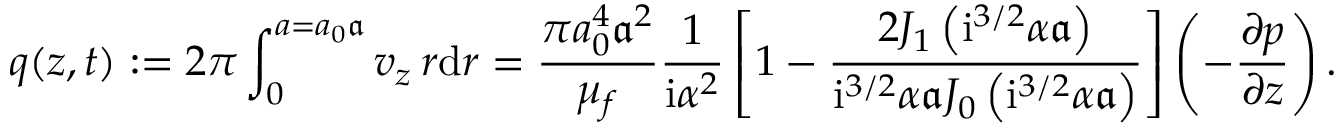
q ( z , t ) : = 2 \pi \int _ { 0 } ^ { a = a _ { 0 } \mathfrak { a } } v _ { z } \, r \mathrm { d } r = \frac { \pi a _ { 0 } ^ { 4 } \mathfrak { a } ^ { 2 } } { \mu _ { f } } \frac { 1 } { \mathrm { i } \alpha ^ { 2 } } \left[ 1 - \frac { 2 J _ { 1 } \left( \mathrm { i } ^ { 3 / 2 } { \alpha } \mathfrak { a } \right) } { \mathrm { i } ^ { 3 / 2 } { \alpha } \mathfrak { a } J _ { 0 } \left( \mathrm { i } ^ { 3 / 2 } { \alpha } \mathfrak { a } \right) } \right] \left( - \frac { \partial p } { \partial z } \right) .